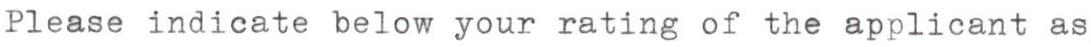
Please indicate below your rating of the applicant as